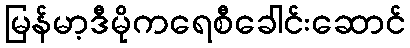
မြန်မာ့ဒီမိုကရေစီခေါင်းဆောင်